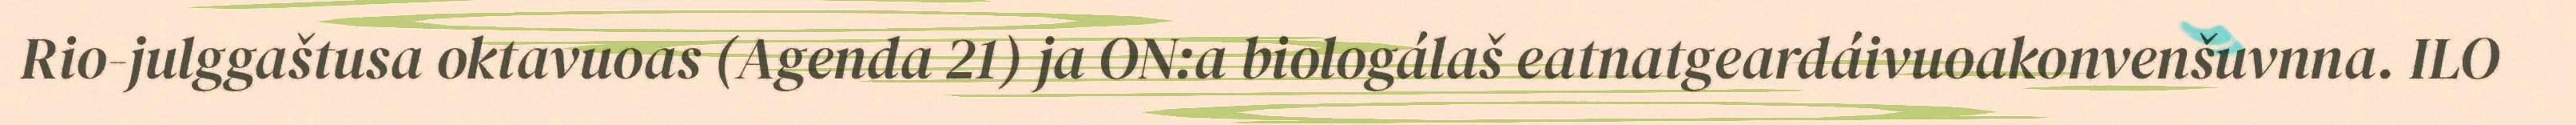
Rio-julggaštusa oktavuoas (Agenda 21) ja ON:a biologálaš eatnatgeardáivuoakonvenšuvnna. ILO